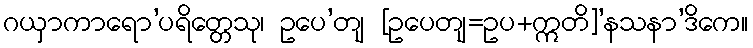
ဂယှာကာရော’ပရိတ္တေသု၊ ဥပေ’တျ [ဥပေတျ=ဥပ+ဣတိ]’နသနာ’ဒိကေ။